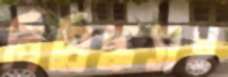
নিষিদ্ধসহ